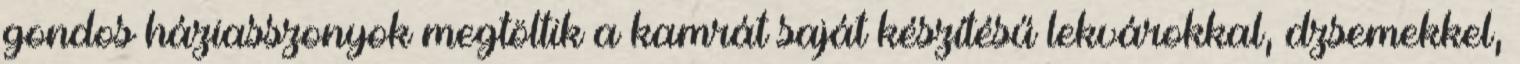
gondos háziasszonyok megtöltik a kamrát saját készítésű lekvárokkal, dzsemekkel,